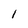
Character: l